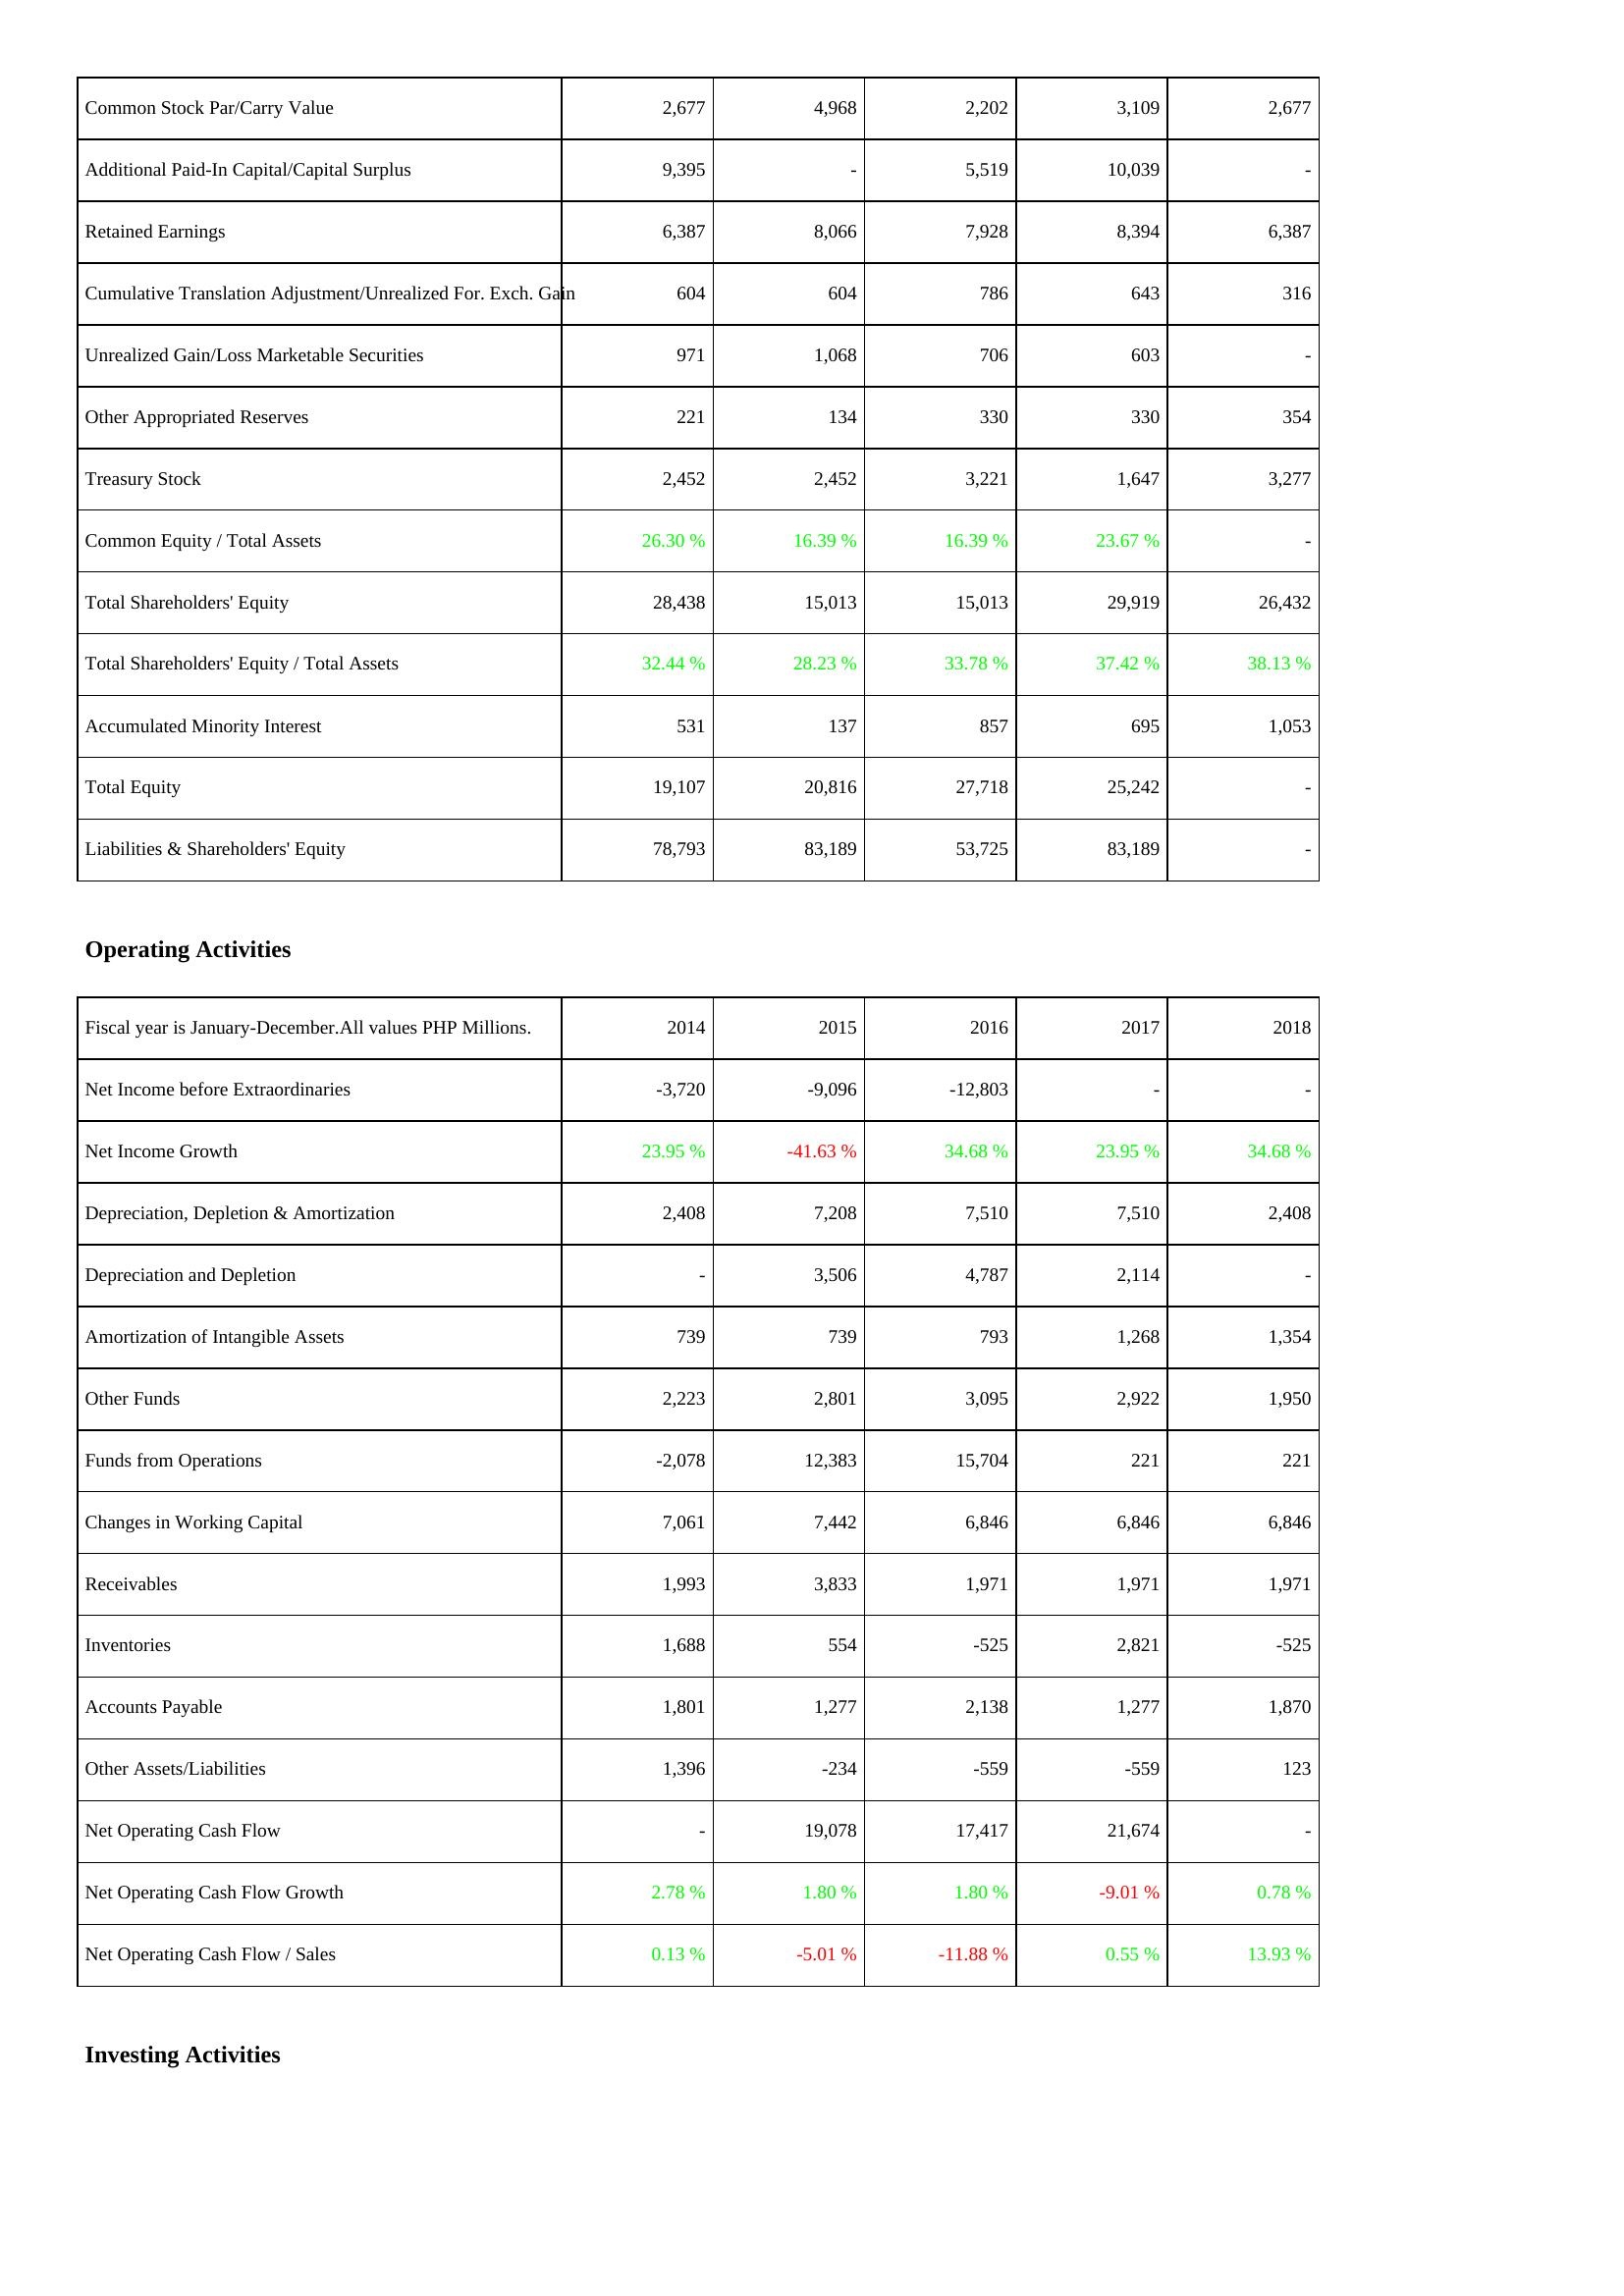
2014: Liabilities & Shareholders' Equity: Common Stock Par/Carry Value: 2,677
Additional Paid-In Capital/Capital Surplus: 9,395
Retained Earnings: 6,387
Cumulative Translation Adjustment/Unrealized For. Exch. Gain: 604
Unrealized Gain/Loss Marketable Securities: 971
Other Appropriated Reserves: 221
Treasury Stock: 2,452
Common Equity / Total Assets: 26.30 %
Total Shareholders' Equity: 28,438
Total Shareholders' Equity / Total Assets: 32.44 %
Accumulated Minority Interest: 531
Total Equity: 19,107
Liabilities & Shareholders' Equity: 78,793
Operating Activities: Net Income before Extraordinaries: -3,720
Net Income Growth: 23.95 %
Depreciation, Depletion & Amortization: 2,408
Depreciation and Depletion: -
Amortization of Intangible Assets: 739
Other Funds: 2,223
Funds from Operations: -2,078
Changes in Working Capital: 7,061
Receivables: 1,993
Inventories: 1,688
Accounts Payable: 1,801
Other Assets/Liabilities: 1,396
Net Operating Cash Flow: -
Net Operating Cash Flow Growth: 2.78 %
Net Operating Cash Flow / Sales: 0.13 %
2015: Liabilities & Shareholders' Equity: Common Stock Par/Carry Value: 4,968
Additional Paid-In Capital/Capital Surplus: -
Retained Earnings: 8,066
Cumulative Translation Adjustment/Unrealized For. Exch. Gain: 604
Unrealized Gain/Loss Marketable Securities: 1,068
Other Appropriated Reserves: 134
Treasury Stock: 2,452
Common Equity / Total Assets: 16.39 %
Total Shareholders' Equity: 15,013
Total Shareholders' Equity / Total Assets: 28.23 %
Accumulated Minority Interest: 137
Total Equity: 20,816
Liabilities & Shareholders' Equity: 83,189
Operating Activities: Net Income before Extraordinaries: -9,096
Net Income Growth: -41.63 %
Depreciation, Depletion & Amortization: 7,208
Depreciation and Depletion: 3,506
Amortization of Intangible Assets: 739
Other Funds: 2,801
Funds from Operations: 12,383
Changes in Working Capital: 7,442
Receivables: 3,833
Inventories: 554
Accounts Payable: 1,277
Other Assets/Liabilities: -234
Net Operating Cash Flow: 19,078
Net Operating Cash Flow Growth: 1.80 %
Net Operating Cash Flow / Sales: -5.01 %
2016: Liabilities & Shareholders' Equity: Common Stock Par/Carry Value: 2,202
Additional Paid-In Capital/Capital Surplus: 5,519
Retained Earnings: 7,928
Cumulative Translation Adjustment/Unrealized For. Exch. Gain: 786
Unrealized Gain/Loss Marketable Securities: 706
Other Appropriated Reserves: 330
Treasury Stock: 3,221
Common Equity / Total Assets: 16.39 %
Total Shareholders' Equity: 15,013
Total Shareholders' Equity / Total Assets: 33.78 %
Accumulated Minority Interest: 857
Total Equity: 27,718
Liabilities & Shareholders' Equity: 53,725
Operating Activities: Net Income before Extraordinaries: -12,803
Net Income Growth: 34.68 %
Depreciation, Depletion & Amortization: 7,510
Depreciation and Depletion: 4,787
Amortization of Intangible Assets: 793
Other Funds: 3,095
Funds from Operations: 15,704
Changes in Working Capital: 6,846
Receivables: 1,971
Inventories: -525
Accounts Payable: 2,138
Other Assets/Liabilities: -559
Net Operating Cash Flow: 17,417
Net Operating Cash Flow Growth: 1.80 %
Net Operating Cash Flow / Sales: -11.88 %
2017: Liabilities & Shareholders' Equity: Common Stock Par/Carry Value: 3,109
Additional Paid-In Capital/Capital Surplus: 10,039
Retained Earnings: 8,394
Cumulative Translation Adjustment/Unrealized For. Exch. Gain: 643
Unrealized Gain/Loss Marketable Securities: 603
Other Appropriated Reserves: 330
Treasury Stock: 1,647
Common Equity / Total Assets: 23.67 %
Total Shareholders' Equity: 29,919
Total Shareholders' Equity / Total Assets: 37.42 %
Accumulated Minority Interest: 695
Total Equity: 25,242
Liabilities & Shareholders' Equity: 83,189
Operating Activities: Net Income before Extraordinaries: -
Net Income Growth: 23.95 %
Depreciation, Depletion & Amortization: 7,510
Depreciation and Depletion: 2,114
Amortization of Intangible Assets: 1,268
Other Funds: 2,922
Funds from Operations: 221
Changes in Working Capital: 6,846
Receivables: 1,971
Inventories: 2,821
Accounts Payable: 1,277
Other Assets/Liabilities: -559
Net Operating Cash Flow: 21,674
Net Operating Cash Flow Growth: -9.01 %
Net Operating Cash Flow / Sales: 0.55 %
2018: Liabilities & Shareholders' Equity: Common Stock Par/Carry Value: 2,677
Additional Paid-In Capital/Capital Surplus: -
Retained Earnings: 6,387
Cumulative Translation Adjustment/Unrealized For. Exch. Gain: 316
Unrealized Gain/Loss Marketable Securities: -
Other Appropriated Reserves: 354
Treasury Stock: 3,277
Common Equity / Total Assets: -
Total Shareholders' Equity: 26,432
Total Shareholders' Equity / Total Assets: 38.13 %
Accumulated Minority Interest: 1,053
Total Equity: -
Liabilities & Shareholders' Equity: -
Operating Activities: Net Income before Extraordinaries: -
Net Income Growth: 34.68 %
Depreciation, Depletion & Amortization: 2,408
Depreciation and Depletion: -
Amortization of Intangible Assets: 1,354
Other Funds: 1,950
Funds from Operations: 221
Changes in Working Capital: 6,846
Receivables: 1,971
Inventories: -525
Accounts Payable: 1,870
Other Assets/Liabilities: 123
Net Operating Cash Flow: -
Net Operating Cash Flow Growth: 0.78 %
Net Operating Cash Flow / Sales: 13.93 %